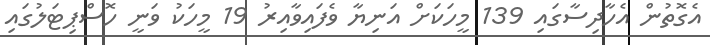
އެގޮތުން އެހާދިސާގައި 139 މީހަކަށް އަނިޔާ ވެފައިވާއިރު 19 މީހަކު ވަނީ ހޮސްޕިޓަލުގައި